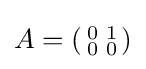
A=\left({\begin{smallmatrix}0&1\\0&0\end{smallmatrix}}\right)